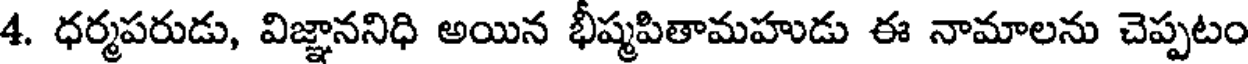
4. ధర్మపరుడు, విజ్ఞాననిధి అయిన భీష్మపితామహుడు ఈ నామాలను చెప్పటం